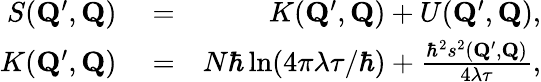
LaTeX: \begin{array}{rlr}{S(\mathbf{Q}^{\prime},\mathbf{Q})}&{{}=}&{K(\mathbf{Q}^{\prime},\mathbf{Q})+U(\mathbf{Q}^{\prime},\mathbf{Q}),}\\ {K(\mathbf{Q}^{\prime},\mathbf{Q})}&{{}=}&{N\hbar\ln(4\pi\lambda\tau/\hbar)+\frac{\hbar^{2}s^{2}(\mathbf{Q}^{\prime},\mathbf{Q})}{4\lambda\tau},}\end{array}